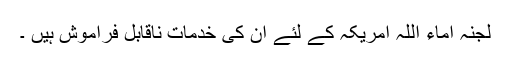
لجنہ اماء اللہ امریکہ کے لئے ان کی خدمات ناقابل فراموش ہیں ۔